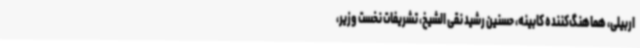
اربیلی، هماهنگ‌کننده کابینه، حسنین رشید نقی الشیخ، تشریفات نخست وزیر،